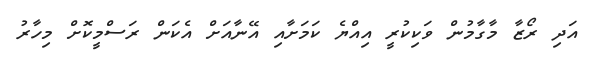
އަދި ރޯޒާ މާގާމުން ވަކިކުރީ އިއްޔެ ކަމަށާއި އޭނާއަށް އެކަން ރަސްމީކޮށް މިހާރު